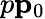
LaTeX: p\le p_{0}